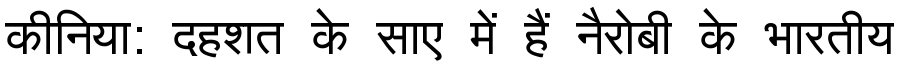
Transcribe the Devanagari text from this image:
कीनिया: दहशत के साए में हैं नैरोबी के भारतीय